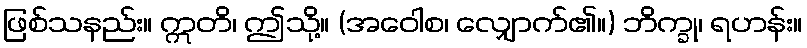
ဖြစ်သနည်း။ ဣတိ၊ ဤသို့။ (အဝေါစ၊ လျှောက်၏။) ဘိက္ခု၊ ရဟန်း။